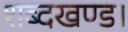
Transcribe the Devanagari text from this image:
शब्दखण्ड।